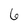
Character: 6